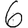
Digit: 6